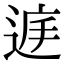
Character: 𨓍